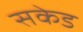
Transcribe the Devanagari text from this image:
सकेड